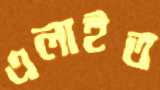
এলাইত